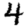
Digit: 4